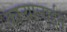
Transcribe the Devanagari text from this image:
कार्‍यालाईन